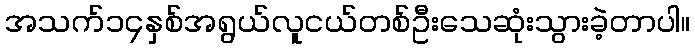
အသက်၁၄နှစ်အရွယ်လူငယ်တစ်ဦးသေဆုံးသွားခဲ့တာပါ။